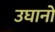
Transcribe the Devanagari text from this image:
उघानों